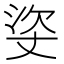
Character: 𰛳